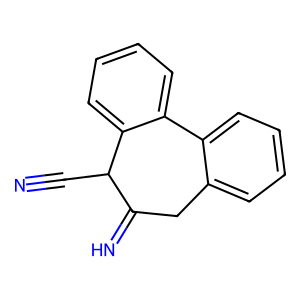
SMILES: N#CC1C(=N)Cc2ccccc2-c2ccccc21
Inhibits HIV replication: No